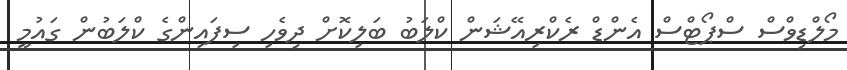
މޯލްޑިވްސް ސްޕޯޓްސް އެންޑް ރެކްރިއޭޝަން ކްލަބު ބަލިކޮށް ދިވެހި ސިފައިންގެ ކްލަބުން ގައުމީ